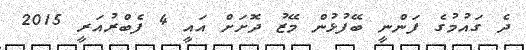
ދެ ގައުމުގެ ފަންނީ ބޭފުޅުން މޭޒު ދޮށަށް އައީ 4 ފެބްރުއަރީ 2015